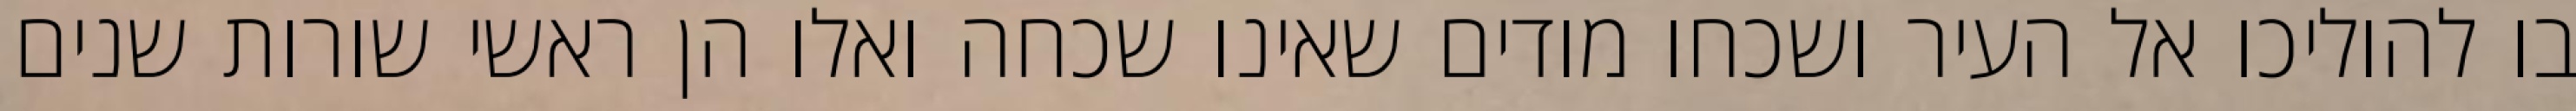
בו להוליכו אל העיר ושכחו מודים שאינו שכחה ואלו הן ראשי שורות שנים